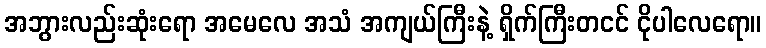
အဘွားလည်းဆုံးရော အမေလေ အသံ အကျယ်ကြီးနဲ့ ရှိက်ကြီးတငင် ငိုပါလေရော။